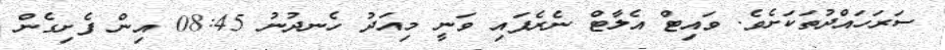
ސަރަހައްދުތަކަށެވެ. ވައިޓް އެލާޓް ނެރެފައި ވަނީ މިއަދު ހެނދުނު 08:45 އިން ފެށިގެން